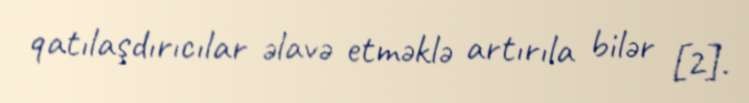
qatılaşdırıcılar əlavə etməklə artırıla bilər [2].